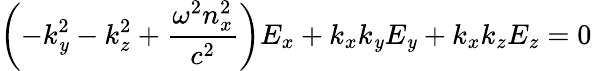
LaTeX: \left(-k_{\mathit{y}}^{2}-k_{z}^{2}+{\frac{{\omega^{2}n_{x}^{2}}}{{c^{2}}}}\right)E_{x}+k_{x}k_{\mathit{y}}E_{\mathit{y}}+k_{x}k_{z}E_{z}=0